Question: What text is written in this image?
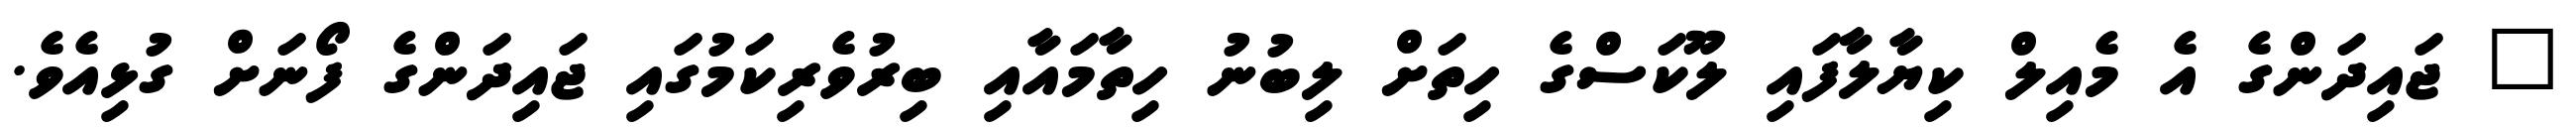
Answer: " ޖައިދަންގެ އެ މެއިލް ކިޔާލާފައި ލޫކަސްގެ ހިތަށް ލިބުނު ހިތާމައާއި ބިރުވެރިކަމުގައި ޖައިދަންގެ ފޯނަށް ގުޅިއެވެ.